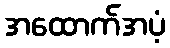
အထောက်အပံ့